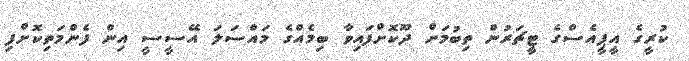
ކުރީގެ އީޕީއެސްގެ ޓީޗަރުން ތިބުމަށް ދޫކޮށްފައިވާ ބިމެއްގެ މައްސަލަ އޭސީސީ އިން ފެންމަތިކޮށްފި